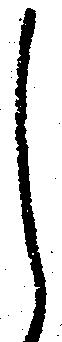
し